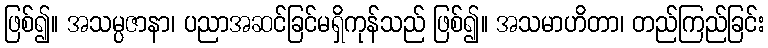
ဖြစ်၍။ အသမ္ပဇာနာ၊ ပညာအဆင်ခြင်မရှိကုန်သည် ဖြစ်၍။ အသမာဟိတာ၊ တည်ကြည်ခြင်း